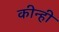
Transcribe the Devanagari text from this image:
कीन्‍ही